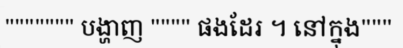
""""""" បង្ហាញ """" ផងដែរ ។ នៅក្នុង"""